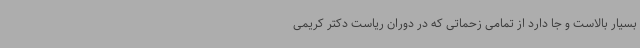
بسیار بالاست و جا دارد از تمامی زحماتی که در دوران ریاست دکتر کریمی